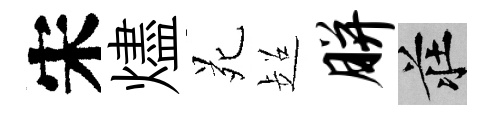
宋燼苑超胼莊